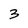
Character: 3